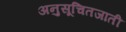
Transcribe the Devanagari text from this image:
अनुसूचितजाती